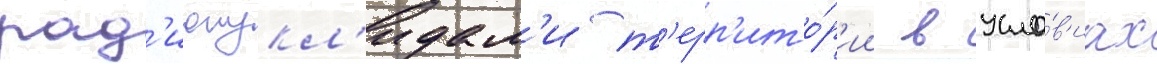
рад'ионукл'идам'и т'ерр'ито́р'ии в усло́в'иах